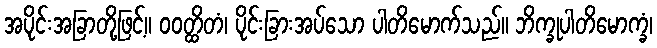
အပိုင်းအခြာတို့ဖြင့်။ ဝဝတ္ထိတံ၊ ပိုင်းခြားအပ်သော ပါတိမောက်သည်။ ဘိက္ခုပါတိမောက္ခံ၊